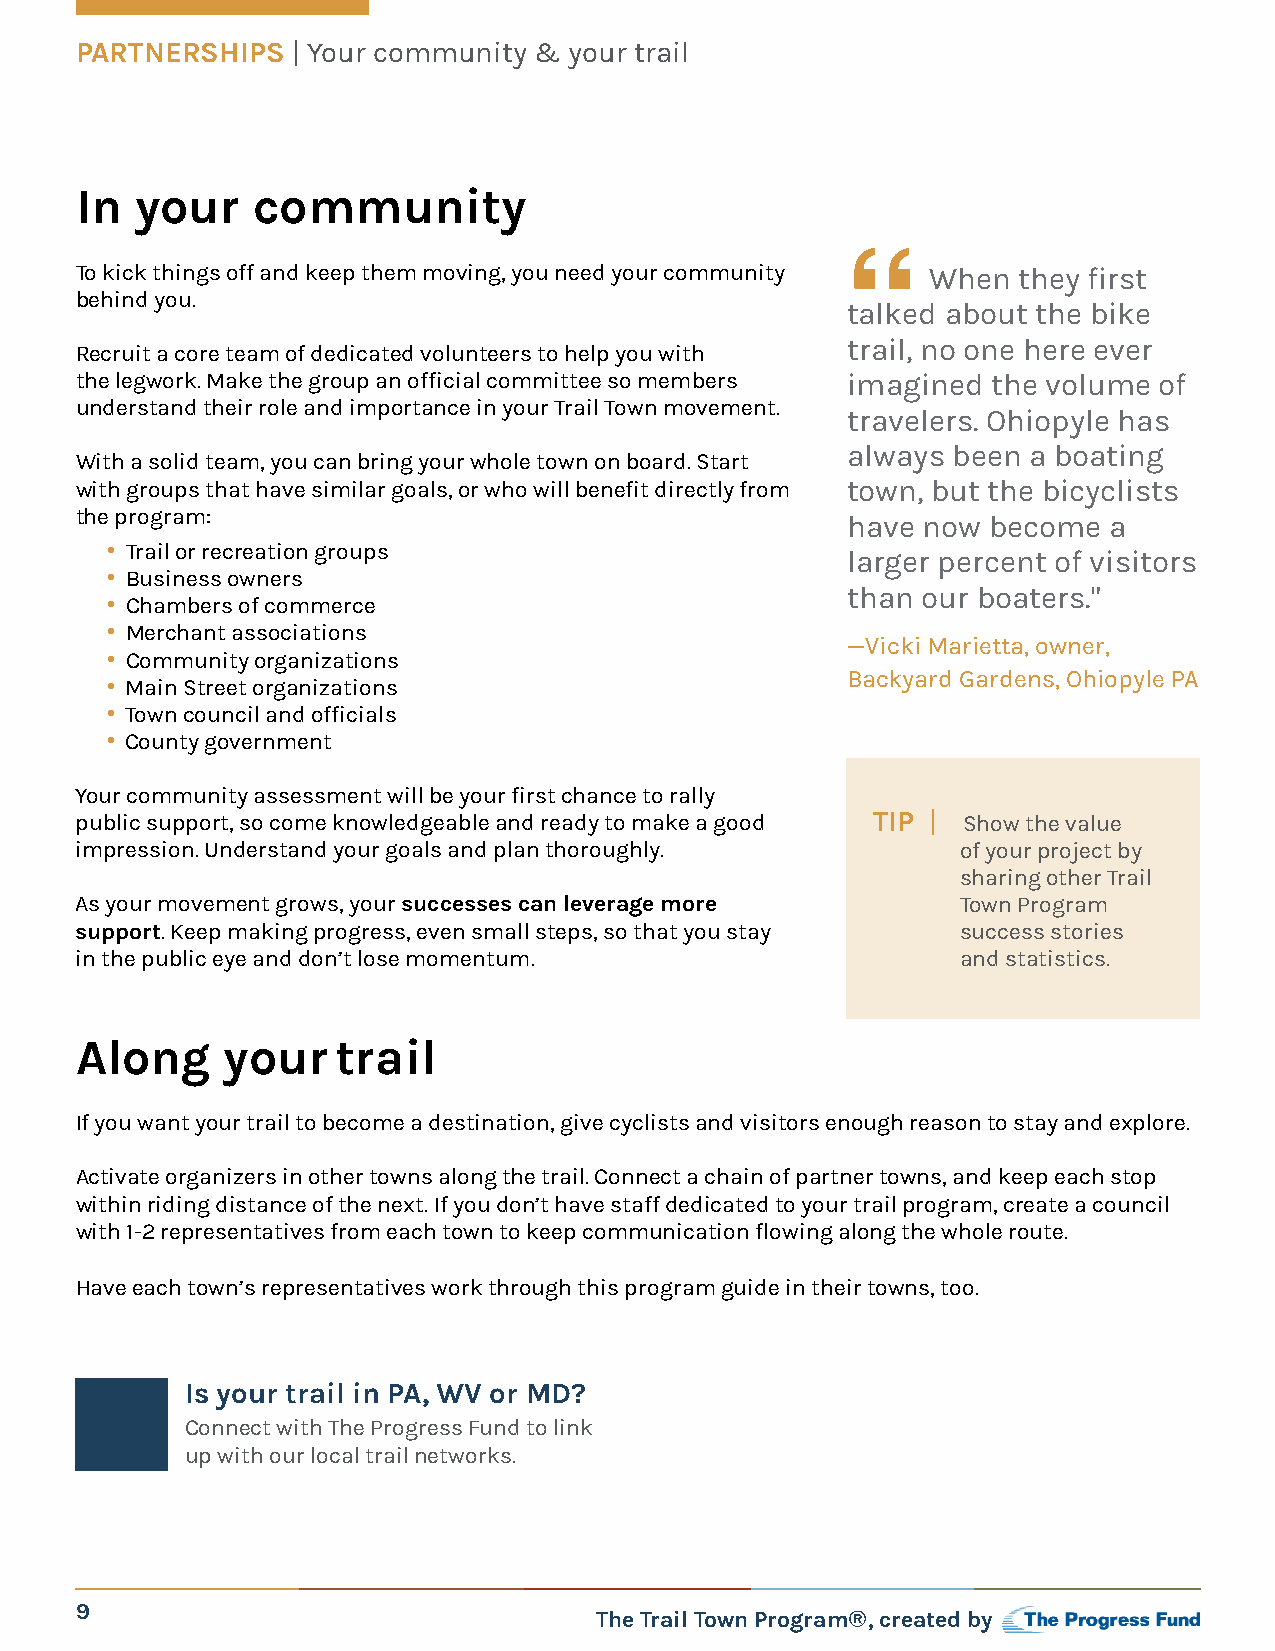
PARTNERSHIPS  | Your community & your trail
 In  your    community
 To kick things off and keep them moving, you need your community When they first
 “
 behind you.
 talked about the bike
 trail, no one here ever
 Recruit a core team of dedicated volunteers to help you with
 the legwork. Make the group an official committee so members imagined the volume of
 understand their role and importance in your Trail Town movement.
 travelers. Ohiopyle has
 always been a boating
 With a solid team, you can bring your whole town on board. Start
 with groups that have similar goals, or who will benefit directly from town, but the bicyclists
 the program:
 have now become  a
 • Trail or recreation groups                     larger percent of visitors
 • Business owners
 than our boaters."
 • Chambers of commerce
 • Merchant associations
 —Vicki Marietta, owner,
 • Community organizations
 Backyard Gardens, Ohiopyle PA
 • Main Street organizations
 • Town council and officials
 • County government
 Your community assessment will be your first chance to rally
 public support, so come knowledgeable and ready to make a good TIP | Show the value
 impression. Understand your goals and plan thoroughly.     of your project by
 sharing other Trail
 As your movement grows, your successes can leverage more   Town Program
 support. Keep making progress, even small steps, so that you stay success stories
 in the public eye and don’t lose momentum.                 and statistics.
 Along     yourtrail
 If you want your trail to become a destination, give cyclists and visitors enough reason to stay and explore.
 Activate organizers in other towns along the trail. Connect a chain of partner towns, and keep each stop
 within riding distance of the next. If you don’t have staff dedicated to your trail program, create a council
 with 1-2 representatives from each town to keep communication flowing along the whole route.
 Have each town’s representatives work through this program guide in their towns, too.
 Is your trail in PA, WV or MD?
 Connect with The Progress Fund to link
 up with our local trail networks.
 9
 The Trail Town Program®, created by